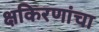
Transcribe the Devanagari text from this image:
क्षकिरणांचा